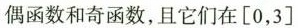
偶函数和奇函数，且它们在 [0，3]